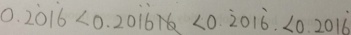
0 . 2 \dot { 0 } 1 \dot { 6 } < 0 . 2 0 \dot { 1 } \dot { 6 } 1 6 < 0 . \dot { 2 } 0 1 \dot { 6 } < 0 . 2 0 1 \dot { 6 }